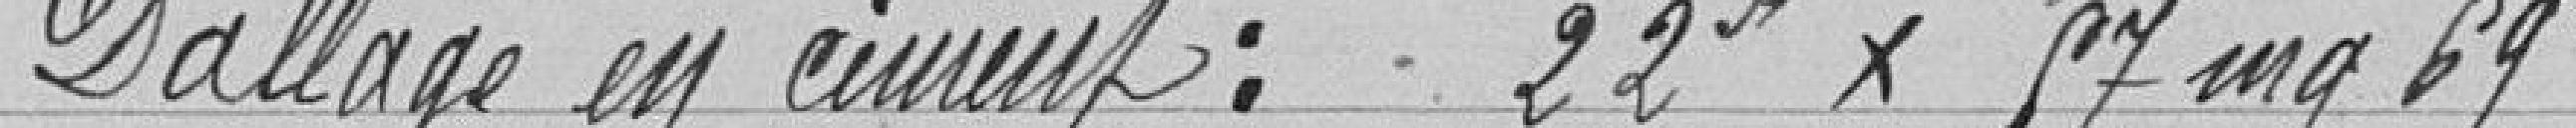
Dallage en ciment : 22 F x 57 mg 69